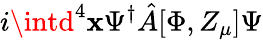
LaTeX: i\intd^{4}\mathbf{x}\Psi^{\dagger}\hat{{A}}[\Phi,Z_{\mu}]\Psi